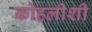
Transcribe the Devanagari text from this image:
कोहलीशी